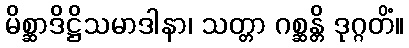
မိစ္ဆာဒိဋ္ဌိသမာဒါနာ၊ သတ္တာ ဂစ္ဆန္တိ ဒုဂ္ဂတိံ။